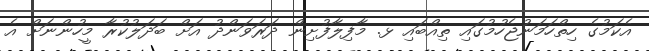
އެކަމުގެ ހިތްހަމަނުޖެހުމުގައި ތިއްބައި ޅ. މާފިލާފުށިން ދަރަވަންދު އަށް ބަދަލުކުރާ މީހުންނަށް އެ